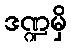
ဒဏ္ဍမှိ